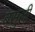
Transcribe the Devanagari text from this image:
बसुली